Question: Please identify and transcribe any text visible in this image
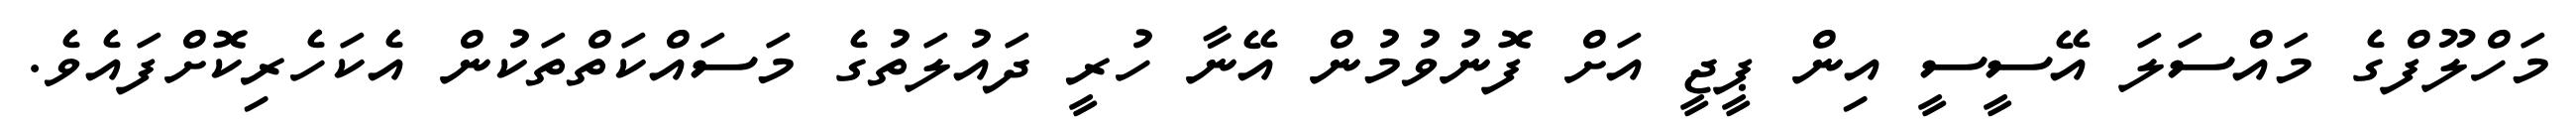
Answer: މަހްލޫފްގެ މައްސަލަ އޭސީސީ އިން ޕީޖީ އަށް ފޮނުވުމުން އޭނާ ހުރީ ދައުލަތުގެ މަސައްކަތްތަކުން އެކަހެރިކޮށްފައެވެ.